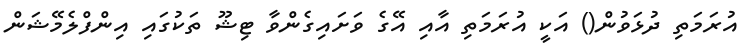
އުރަމަތި ދުޅަވުން() އަކީ އުރަމަތި އާއި އޭގެ ވަށައިގެންވާ ޓިޝޫ ތަކުގައި އިންފްލެމޭޝަން